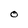
Character: O